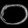
Digit: ၀